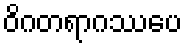
ဝိဂတရာဂဿပေ